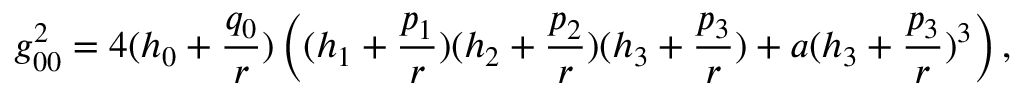
g _ { 0 0 } ^ { 2 } = 4 ( h _ { 0 } + { \frac { q _ { 0 } } { r } } ) \left( ( h _ { 1 } + { \frac { p _ { 1 } } { r } } ) ( h _ { 2 } + { \frac { p _ { 2 } } { r } } ) ( h _ { 3 } + { \frac { p _ { 3 } } { r } } ) + a ( h _ { 3 } + { \frac { p _ { 3 } } { r } } ) ^ { 3 } \right) ,